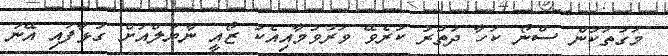
މަގުތަކުން ސްނޯ ކަހާ ދަތުރު ކުރެވޭ ވަރުވުމާއިއެކު ޒޯއީ ނާޔަލްއަށް ގުޅާފައި އޭނަ